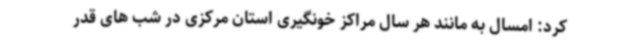
کرد: امسال به مانند هر سال مراکز خونگیری استان مرکزی در شب های قدر